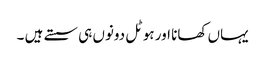
یہاں کھانا اور ہوٹل دونوں ہی سستے ہیں ۔